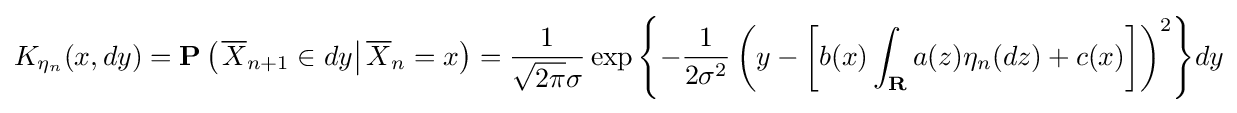
K_{\eta _{n}}(x,dy)=\mathbf {P} \left(\left.{\overline {X}}_{n+1}\in dy\right|{\overline {X}}_{n}=x\right)={\frac {1}{{\sqrt {2\pi }}\sigma }}\exp {\left\{-{\frac {1}{2\sigma ^{2}}}\left(y-\left[b(x)\int _{\mathbf {R} }a(z)\eta _{n}(dz)+c(x)\right]\right)^{2}\right\}}dy